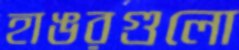
হাঙরগুলো